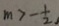
m > - \frac { 1 } { 2 }